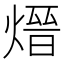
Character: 𪹓